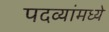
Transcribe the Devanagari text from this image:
पदव्यांमध्ये